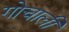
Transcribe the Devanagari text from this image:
गोचाली